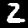
Digit: 2